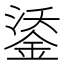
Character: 鋈